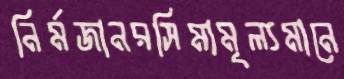
নির্মজানরসিমামূল্যমানে